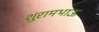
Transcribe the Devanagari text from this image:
शुरामभाऊ